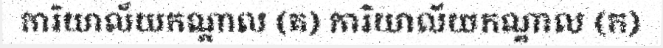
ការិយាល័យកណ្តាល (គ) ការិយាល័យកណ្តាល (ក)